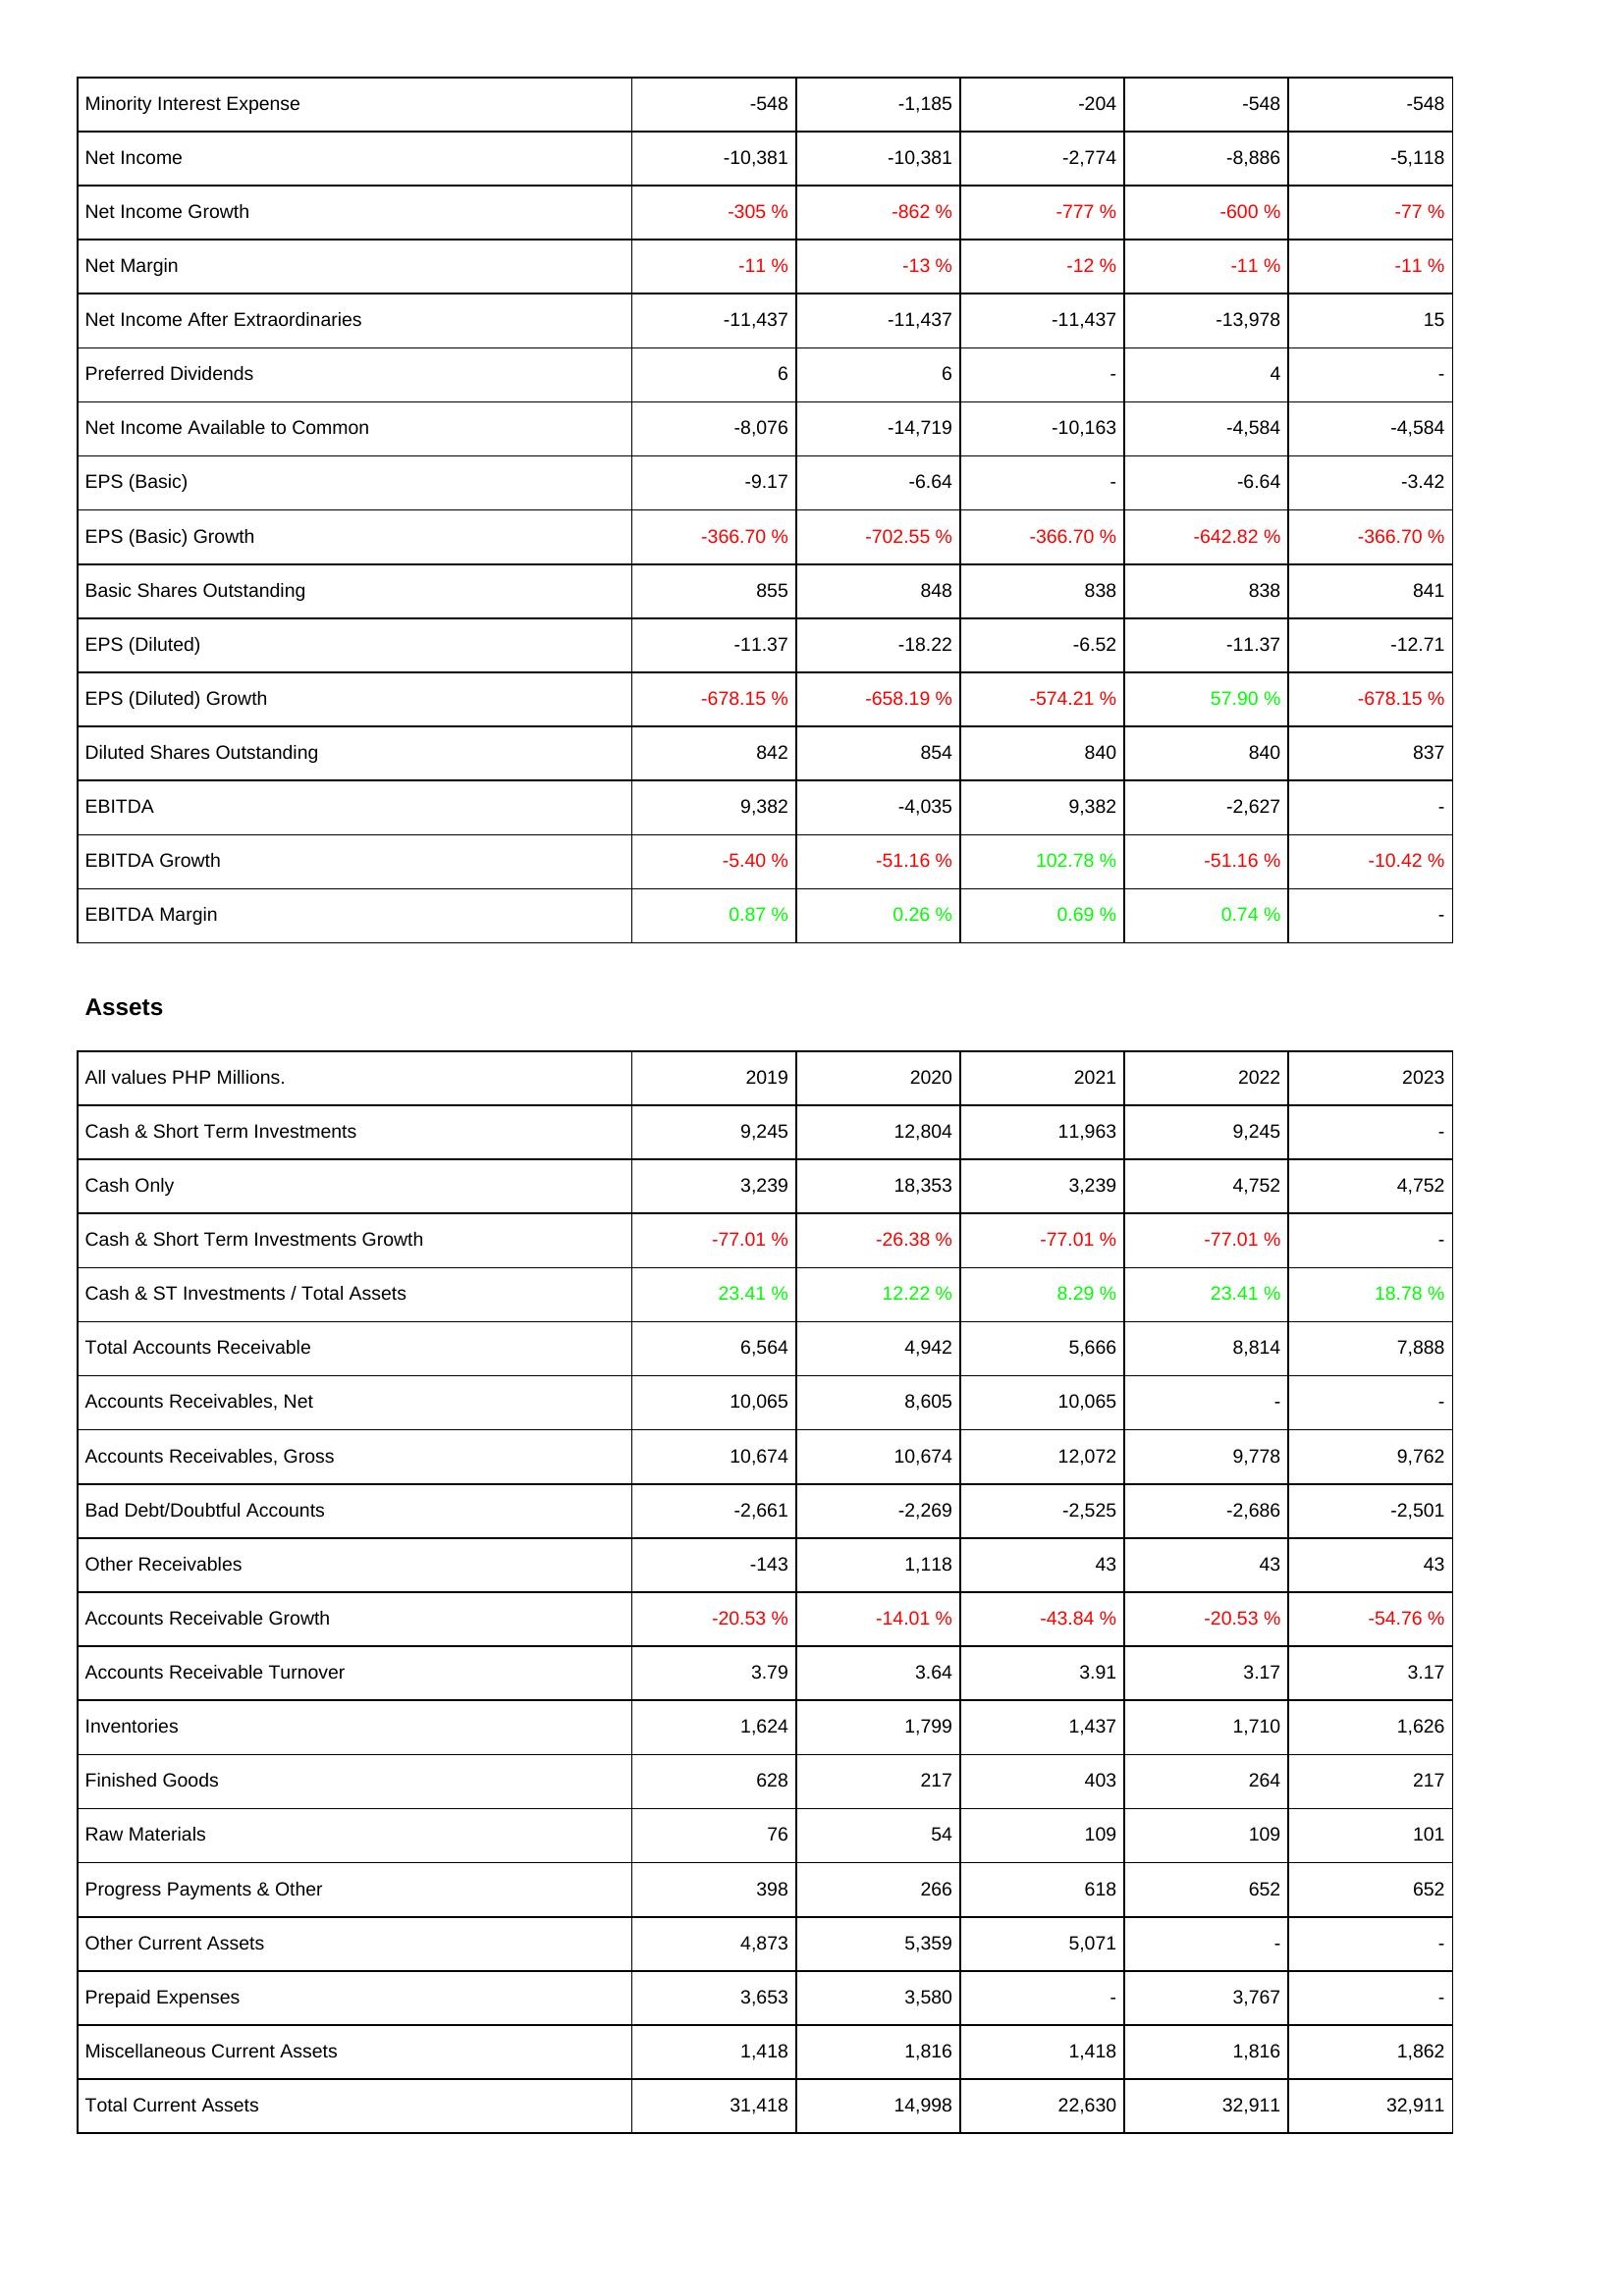
2019: Income Statement: Minority Interest Expense: -548
Net Income: -10,381
Net Income Growth: -305 %
Net Margin: -11 %
Net Income After Extraordinaries: -11,437
Preferred Dividends: 6
Net Income Available to Common: -8,076
EPS (Basic): -9.17
EPS (Basic) Growth: -366.70 %
Basic Shares Outstanding: 855
EPS (Diluted): -11.37
EPS (Diluted) Growth: -678.15 %
Diluted Shares Outstanding: 842
EBITDA: 9,382
EBITDA Growth: -5.40 %
EBITDA Margin: 0.87 %
Assets: Cash & Short Term Investments: 9,245
Cash Only: 3,239
Cash & Short Term Investments Growth: -77.01 %
Cash & ST Investments / Total Assets: 23.41 %
Total Accounts Receivable: 6,564
Accounts Receivables, Net: 10,065
Accounts Receivables, Gross: 10,674
Bad Debt/Doubtful Accounts: -2,661
Other Receivables: -143
Accounts Receivable Growth: -20.53 %
Accounts Receivable Turnover: 3.79
Inventories: 1,624
Finished Goods: 628
Raw Materials: 76
Progress Payments & Other: 398
Other Current Assets: 4,873
Prepaid Expenses: 3,653
Miscellaneous Current Assets: 1,418
Total Current Assets: 31,418
2020: Income Statement: Minority Interest Expense: -1,185
Net Income: -10,381
Net Income Growth: -862 %
Net Margin: -13 %
Net Income After Extraordinaries: -11,437
Preferred Dividends: 6
Net Income Available to Common: -14,719
EPS (Basic): -6.64
EPS (Basic) Growth: -702.55 %
Basic Shares Outstanding: 848
EPS (Diluted): -18.22
EPS (Diluted) Growth: -658.19 %
Diluted Shares Outstanding: 854
EBITDA: -4,035
EBITDA Growth: -51.16 %
EBITDA Margin: 0.26 %
Assets: Cash & Short Term Investments: 12,804
Cash Only: 18,353
Cash & Short Term Investments Growth: -26.38 %
Cash & ST Investments / Total Assets: 12.22 %
Total Accounts Receivable: 4,942
Accounts Receivables, Net: 8,605
Accounts Receivables, Gross: 10,674
Bad Debt/Doubtful Accounts: -2,269
Other Receivables: 1,118
Accounts Receivable Growth: -14.01 %
Accounts Receivable Turnover: 3.64
Inventories: 1,799
Finished Goods: 217
Raw Materials: 54
Progress Payments & Other: 266
Other Current Assets: 5,359
Prepaid Expenses: 3,580
Miscellaneous Current Assets: 1,816
Total Current Assets: 14,998
2021: Income Statement: Minority Interest Expense: -204
Net Income: -2,774
Net Income Growth: -777 %
Net Margin: -12 %
Net Income After Extraordinaries: -11,437
Preferred Dividends: -
Net Income Available to Common: -10,163
EPS (Basic): -
EPS (Basic) Growth: -366.70 %
Basic Shares Outstanding: 838
EPS (Diluted): -6.52
EPS (Diluted) Growth: -574.21 %
Diluted Shares Outstanding: 840
EBITDA: 9,382
EBITDA Growth: 102.78 %
EBITDA Margin: 0.69 %
Assets: Cash & Short Term Investments: 11,963
Cash Only: 3,239
Cash & Short Term Investments Growth: -77.01 %
Cash & ST Investments / Total Assets: 8.29 %
Total Accounts Receivable: 5,666
Accounts Receivables, Net: 10,065
Accounts Receivables, Gross: 12,072
Bad Debt/Doubtful Accounts: -2,525
Other Receivables: 43
Accounts Receivable Growth: -43.84 %
Accounts Receivable Turnover: 3.91
Inventories: 1,437
Finished Goods: 403
Raw Materials: 109
Progress Payments & Other: 618
Other Current Assets: 5,071
Prepaid Expenses: -
Miscellaneous Current Assets: 1,418
Total Current Assets: 22,630
2022: Income Statement: Minority Interest Expense: -548
Net Income: -8,886
Net Income Growth: -600 %
Net Margin: -11 %
Net Income After Extraordinaries: -13,978
Preferred Dividends: 4
Net Income Available to Common: -4,584
EPS (Basic): -6.64
EPS (Basic) Growth: -642.82 %
Basic Shares Outstanding: 838
EPS (Diluted): -11.37
EPS (Diluted) Growth: 57.90 %
Diluted Shares Outstanding: 840
EBITDA: -2,627
EBITDA Growth: -51.16 %
EBITDA Margin: 0.74 %
Assets: Cash & Short Term Investments: 9,245
Cash Only: 4,752
Cash & Short Term Investments Growth: -77.01 %
Cash & ST Investments / Total Assets: 23.41 %
Total Accounts Receivable: 8,814
Accounts Receivables, Net: -
Accounts Receivables, Gross: 9,778
Bad Debt/Doubtful Accounts: -2,686
Other Receivables: 43
Accounts Receivable Growth: -20.53 %
Accounts Receivable Turnover: 3.17
Inventories: 1,710
Finished Goods: 264
Raw Materials: 109
Progress Payments & Other: 652
Other Current Assets: -
Prepaid Expenses: 3,767
Miscellaneous Current Assets: 1,816
Total Current Assets: 32,911
2023: Income Statement: Minority Interest Expense: -548
Net Income: -5,118
Net Income Growth: -77 %
Net Margin: -11 %
Net Income After Extraordinaries: 15
Preferred Dividends: -
Net Income Available to Common: -4,584
EPS (Basic): -3.42
EPS (Basic) Growth: -366.70 %
Basic Shares Outstanding: 841
EPS (Diluted): -12.71
EPS (Diluted) Growth: -678.15 %
Diluted Shares Outstanding: 837
EBITDA: -
EBITDA Growth: -10.42 %
EBITDA Margin: -
Assets: Cash & Short Term Investments: -
Cash Only: 4,752
Cash & Short Term Investments Growth: -
Cash & ST Investments / Total Assets: 18.78 %
Total Accounts Receivable: 7,888
Accounts Receivables, Net: -
Accounts Receivables, Gross: 9,762
Bad Debt/Doubtful Accounts: -2,501
Other Receivables: 43
Accounts Receivable Growth: -54.76 %
Accounts Receivable Turnover: 3.17
Inventories: 1,626
Finished Goods: 217
Raw Materials: 101
Progress Payments & Other: 652
Other Current Assets: -
Prepaid Expenses: -
Miscellaneous Current Assets: 1,862
Total Current Assets: 32,911